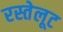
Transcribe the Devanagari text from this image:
रस्तेलूट